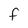
Character: f